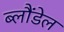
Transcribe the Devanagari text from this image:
ब्लौंडेल